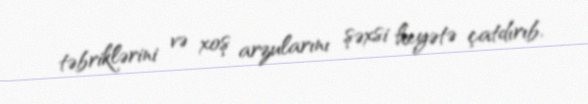
təbriklərini və xoş arzularını şəxsi heyətə çatdırıb.